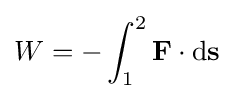
W=-\int _{1}^{2}\mathbf {F} \cdot \mathrm {d} \mathbf {s}